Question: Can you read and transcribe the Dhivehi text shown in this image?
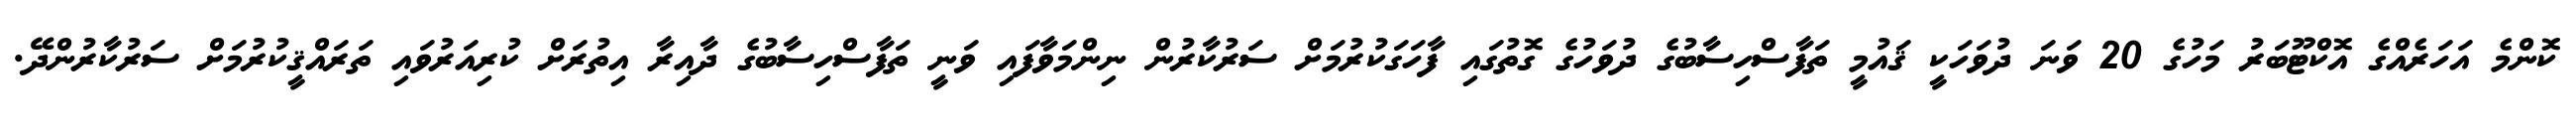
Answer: ކޮންމެ އަހަރެއްގެ އޮކްޓޫބަރު މަހުގެ 20 ވަނަ ދުވަހަކީ ޤައުމީ ތަފާސްހިސާބުގެ ދުވަހުގެ ގޮތުގައި ފާހަގަކުރުމަށް ސަރުކާރުން ނިންމަވާފައި ވަނީ ތަފާސްހިސާބުގެ ދާއިރާ އިތުރަށް ކުރިއަރުވައި ތަރައްޤީކުރުމަށް ސަރުކާރުންދޭ.